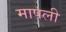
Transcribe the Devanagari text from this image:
मापली